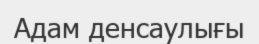
Адам денсаулығы